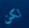
لكن